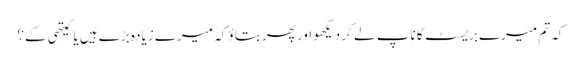
کہ تم میرے بریسٹ کا ناپ لے کر دیکھو اور پھر بتاؤ کہ میرے زیادہ بڑے ہیں یا کیتھی کے؟